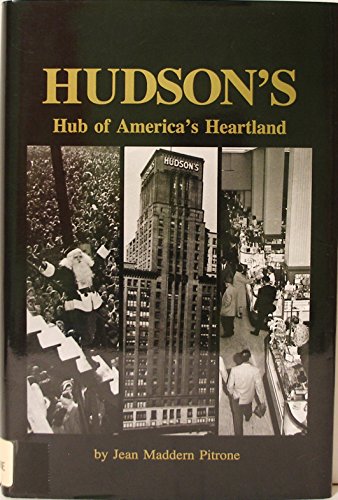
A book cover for Hudson's: Hub of America's Heartland; Jean Maddern Pitrone; Travel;